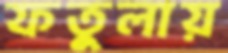
ফতুলায়